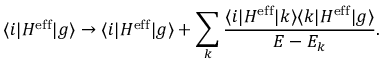
\langle i | H ^ { \mathrm { e f f } } | g \rangle \rightarrow \langle i | H ^ { \mathrm { e f f } } | g \rangle + \sum _ { k } \frac { \langle i | H ^ { \mathrm { e f f } } | k \rangle \langle k | H ^ { \mathrm { e f f } } | g \rangle } { E - E _ { k } } .